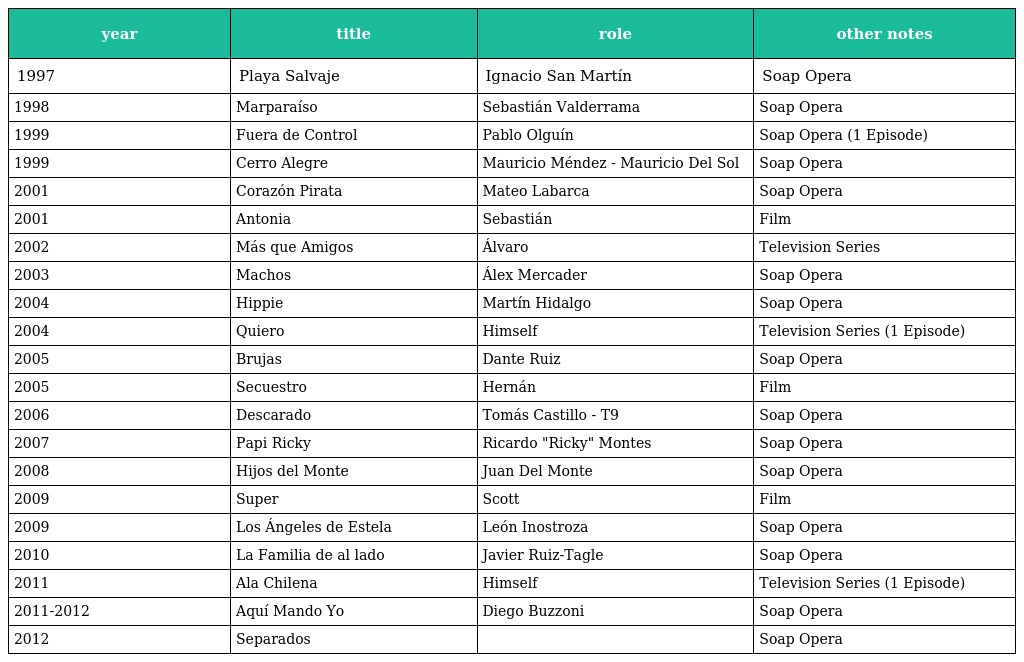
| year | title | role | other notes |
 | --- | --- | --- | --- |
 | 1997 | Playa Salvaje | Ignacio San Martín | Soap Opera |
 | 1998 | Marparaíso | Sebastián Valderrama | Soap Opera |
 | 1999 | Fuera de Control | Pablo Olguín | Soap Opera (1 Episode) |
 | 1999 | Cerro Alegre | Mauricio Méndez - Mauricio Del Sol | Soap Opera |
 | 2001 | Corazón Pirata | Mateo Labarca | Soap Opera |
 | 2001 | Antonia | Sebastián | Film |
 | 2002 | Más que Amigos | Álvaro | Television Series |
 | 2003 | Machos | Álex Mercader | Soap Opera |
 | 2004 | Hippie | Martín Hidalgo | Soap Opera |
 | 2004 | Quiero | Himself | Television Series (1 Episode) |
 | 2005 | Brujas | Dante Ruiz | Soap Opera |
 | 2005 | Secuestro | Hernán | Film |
 | 2006 | Descarado | Tomás Castillo - T9 | Soap Opera |
 | 2007 | Papi Ricky | Ricardo "Ricky" Montes | Soap Opera |
 | 2008 | Hijos del Monte | Juan Del Monte | Soap Opera |
 | 2009 | Super | Scott | Film |
 | 2009 | Los Ángeles de Estela | León Inostroza | Soap Opera |
 | 2010 | La Familia de al lado | Javier Ruiz-Tagle | Soap Opera |
 | 2011 | Ala Chilena | Himself | Television Series (1 Episode) |
 | 2011-2012 | Aquí Mando Yo | Diego Buzzoni | Soap Opera |
 | 2012 | Separados |  | Soap Opera |